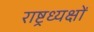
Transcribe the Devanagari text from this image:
राष्ट्रध्यक्षों